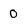
Character: 0